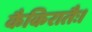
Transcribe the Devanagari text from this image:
कैकिरातैः।